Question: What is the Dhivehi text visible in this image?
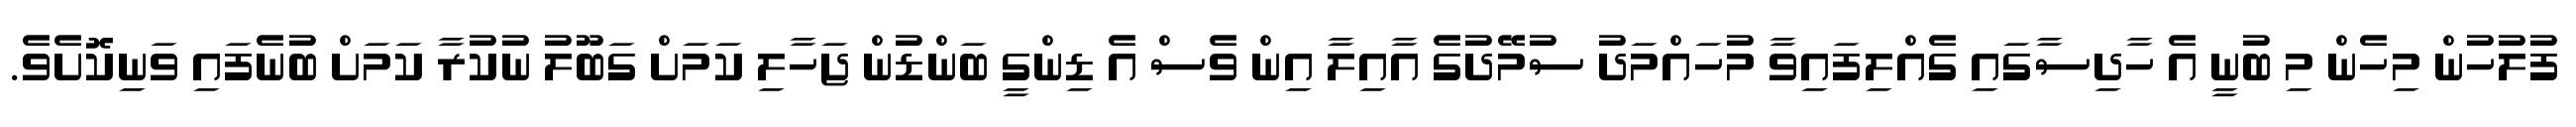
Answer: ފުލުހުން މިހެން މި ބުނީ އެ ހާދިސާގައި ގެއްލިފައިވާ މުހައްމަދު ސުމޭދުގެ އާއިލާ އިން ވެސް އެ ޑިންގީ ބަންޑުން ޖަހާލި ކަމަށް ގަބޫލު ނުކުރާ ކަމަށް ބުނެފައި ވަނިކޮށެވެ.